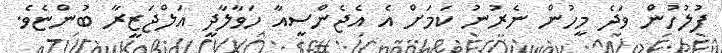
ފުލުހުން ވަދެ މީހުން ނެރުނު ކަމަށް އެ އެޖެންސީއާ ހަވާލާދީ އަލްޖަޒީރާ ބުންޏެވެ.